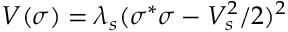
V ( \sigma ) = \lambda _ { s } ( \sigma ^ { * } \sigma - V _ { s } ^ { 2 } / 2 ) ^ { 2 }